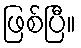
ဖြစ်ပြီ။